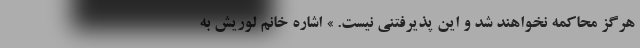
هرگز محاکمه نخواهند شد و این پذیرفتنی نیست. » اشاره خانم لوریش به